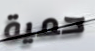
حمية